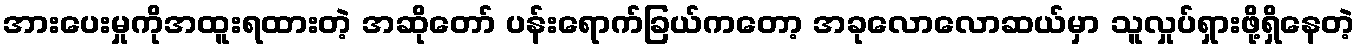
အားပေးမှုကိုအထူးရထားတဲ့ အဆိုတော် ပန်းရောက်ခြယ်ကတော့ အခုလောလောဆယ်မှာ သူလှုပ်ရှားဖို့ရှိနေတဲ့